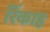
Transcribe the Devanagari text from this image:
रिंकाह